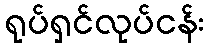
ရုပ်ရှင်လုပ်ငန်း